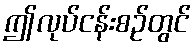
ဤလုပ်ငန်းစဉ်တွင်